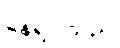
နေရပါသည်